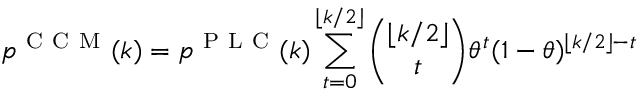
p ^ { \mathrm { ~ C ~ C ~ M ~ } } ( k ) = p ^ { \mathrm { ~ P ~ L ~ C ~ } } ( k ) \sum _ { t = 0 } ^ { \lfloor k / 2 \rfloor } \binom { \lfloor k / 2 \rfloor } { t } \theta ^ { t } ( 1 - \theta ) ^ { \lfloor k / 2 \rfloor - t }